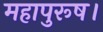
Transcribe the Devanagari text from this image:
महापुरूष।